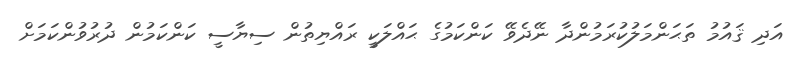
އަދި ޤައުމު ތަޙަންމަލުކުރަމުންދާ ނޭދެވޭ ކަންކަމުގެ ޙައްލަކީ ރައްޔިތުން ސިޔާސީ ކަންކަމުން ދުރުވުންކަމަށް